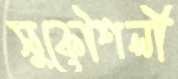
সুকৌশলী